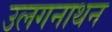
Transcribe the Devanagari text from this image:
उलगनाथन